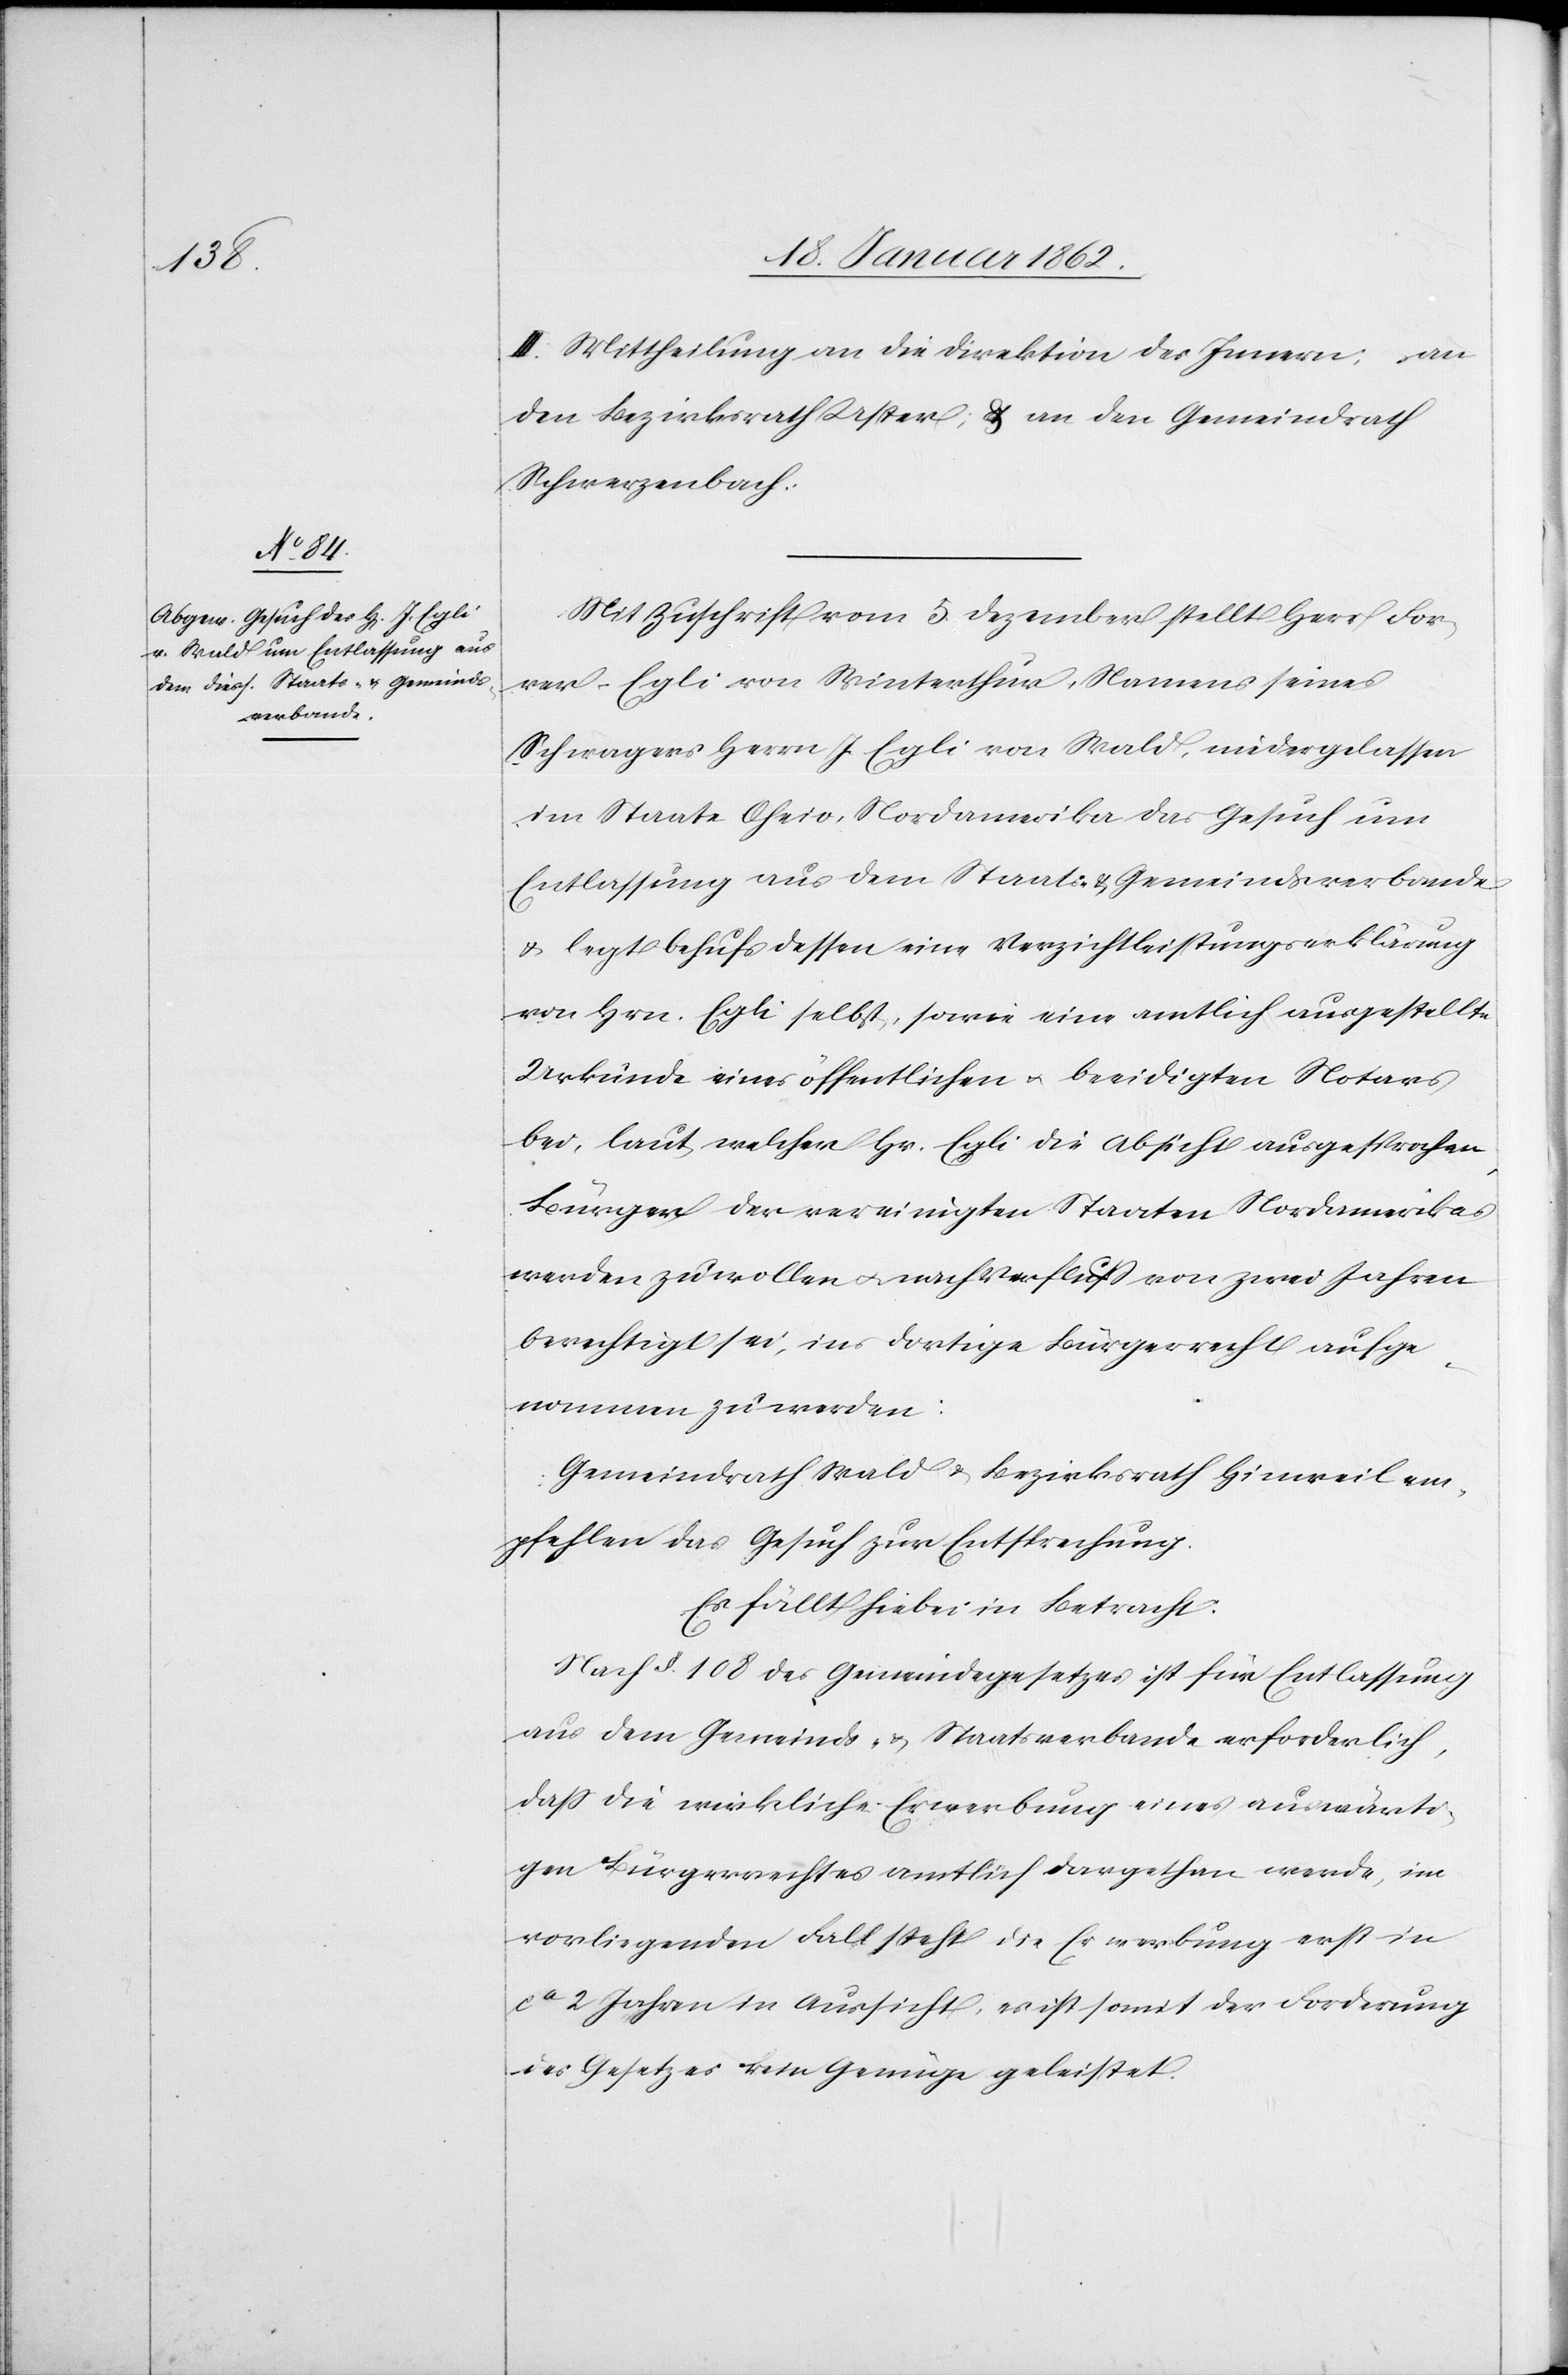
III. Mittheilung an die Direktion des Innern, an
den Bezirksrath Uster, & an den Gemeindrath
Schwerzenbach.
Mit Zuschrift vom 5. Dezember stellt Herr For¬
rer-Egli von Winterthur, Namens seines
Schwagers J. Egli von Wald, niedergelassen
im Staate Ohio, Nordamerika das Gesuch um
Entlassung aus dem Staats- u. Gemeindsverbande
u. legt behufs dessen eine Verzichtleistungserklärung
von Hrn. Egli selbst, sowie eine amtlich ausgestellte
Urkunde eines öffentlichen u. beeidigten Notars
bei, laut welcher Hr. Egli die Absicht ausgesprochen,
Bürger der vereinigten Staaten Nordamerikas
werden zu wollen u. nach Verfluß von zwei Jahren
berechtigt sei, ins dortige Bürgerrecht aufge¬
nommen zu werden:
Gemeindrath Wald u. Bezirksrath Hinweil em¬
pfehlen das Gesuch zur Entsprechung.
Es fällt hiebei in Betracht:
Nach §. 108 des Gemeindegesetzes ist für die Entlassung
aus dem Gemeinds- u. Staatsverbande erforderlich,
daß die wirkliche Erwerbung eines auswärti¬
gen Bürgerrechtes amtlich dargethan werde, im
vorliegenden Fall steht die Erwerbung erst in
ca 2 Jahren in Aussicht, es ist somit der Forderung
des Gesetzes kein Genüge geleistet.